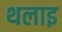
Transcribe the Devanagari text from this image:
थलाइ